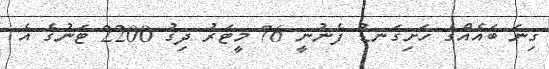
ގިނަ ބައެއްގެ ހަށިގަނޑު ފެނުނީ 76 މީޓަރު ދިގު 2200 ޓަނުގެ އެ